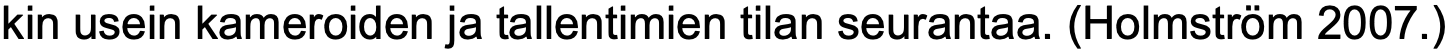
kin usein kameroiden ja tallentimien tilan seurantaa. (Holmström 2007.)